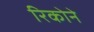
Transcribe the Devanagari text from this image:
रिकोने